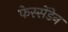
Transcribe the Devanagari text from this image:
फेस्सेंडेन